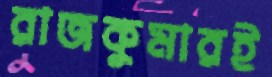
রাজকুমারই